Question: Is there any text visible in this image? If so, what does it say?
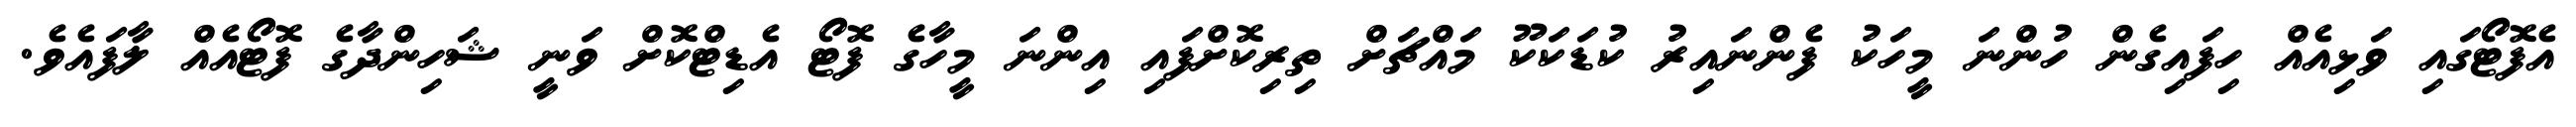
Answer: އެފޮޓޯގައި ވަޅިއެއް ހިފައިގެން ހުންނަ މީހަކު ފެންނައިރު ކުޑަކަކޫ މައްޗަށް ތިރިކޮށްފައި އިންނަ މީހާގެ ފޮޓޯ އެޑިޓްކޮށް ވަނީ ޝަހިންދާގެ ފޮޓޯއެއް ލާފައެވެ.